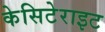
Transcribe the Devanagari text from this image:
केसिटेराइट